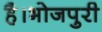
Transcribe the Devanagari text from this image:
है।भोजपुरी